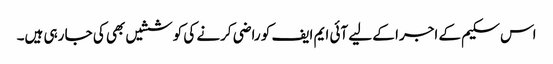
اس سکیم کے اجرا کے لیے آئی ایم ایف کو راضی کرنے کی کوششیں بھی کی جا رہی ہیں۔